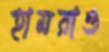
হামরাও